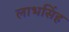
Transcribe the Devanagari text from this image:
लाभसिंह